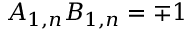
A _ { 1 , n } B _ { 1 , n } = \mp 1